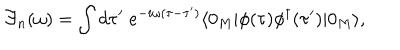
{ \cal F } _ { n } ( \omega ) = \int d \tau ^ { \prime } \; e ^ { - i \omega ( \tau - \tau ^ { \prime } ) } \langle 0 _ { M } | \phi ( \tau ) \phi ^ { \dagger } ( \tau ^ { \prime } ) | 0 _ { M } \rangle ,